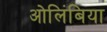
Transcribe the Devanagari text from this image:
ओलिंबिया